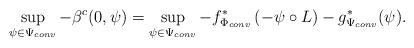
LaTeX: \begin{align*}\sup_{\psi\in\Psi_{conv}} - \beta^c (0,\psi) =\sup_{\psi\in\Psi_{conv}} -f^*_{\Phi_{conv}} \left(- \psi\circ L \right) -g^{*}_{\Psi_{conv}} (\psi).\end{align*}